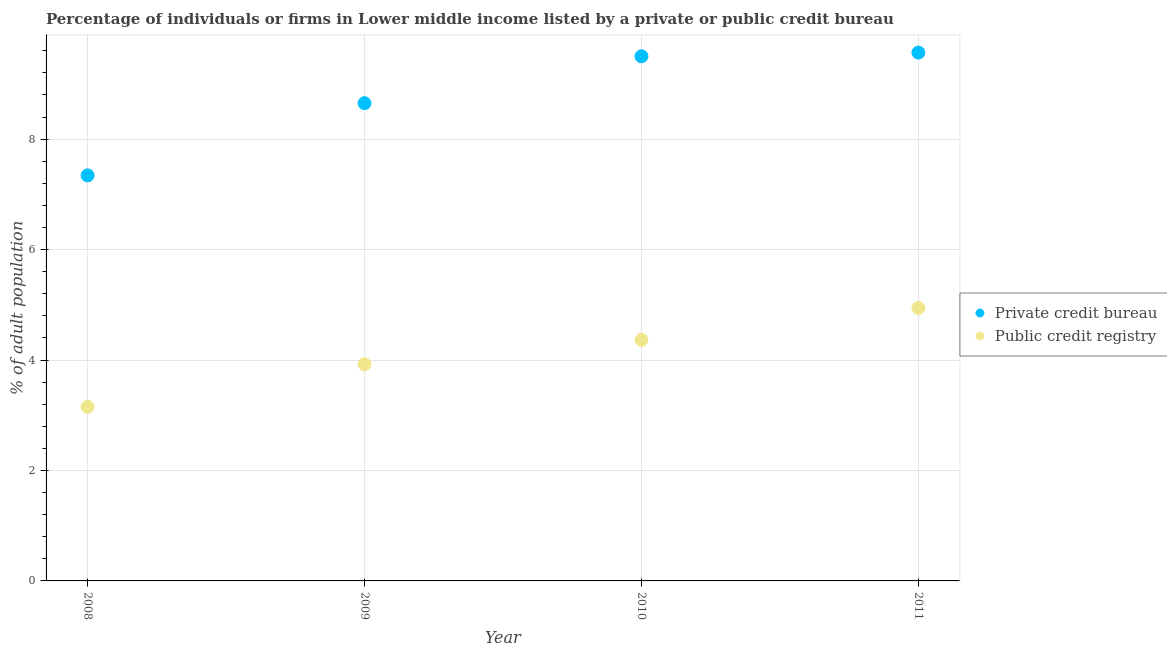
| Year | Private credit bureau | Public credit registry |
 | --- | --- | --- |
 | 2008 | 7.34 | 3.15 |
 | 2009 | 8.65 | 3.92 |
 | 2010 | 9.5 | 4.36 |
 | 2011 | 9.57 | 4.94 |